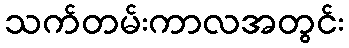
သက်တမ်းကာလအတွင်း